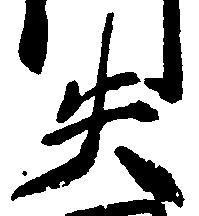
失